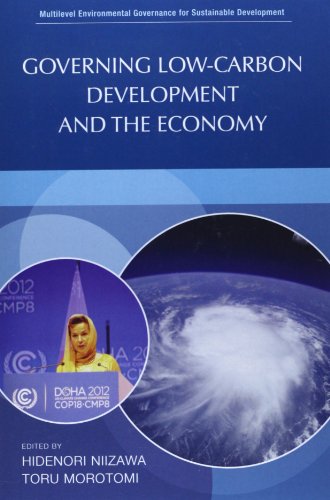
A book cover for Governing Low-Carbon Development and the Economy (Multilevel Environmental Governance for Sustainable Development); Politics & Social Sciences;